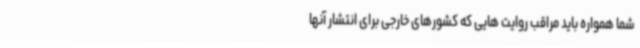
شما همواره باید مراقب روایت هایی که کشورهای خارجی برای انتشار آنها